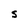
Character: S